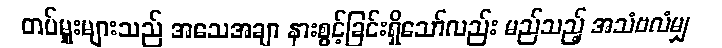
တပ်မှူးများသည် အသေအချာ နားစွင့်ခြင်းရှိသော်လည်း မည်သည့် အသံဗလံမျှ